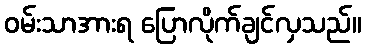
ဝမ်းသာအားရ ပြောလိုက်ချင်လှသည်။